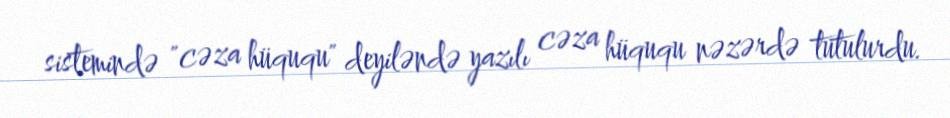
sistemində "cəza hüququ" deyiləndə yazılı cəza hüququ nəzərdə tutulurdu.